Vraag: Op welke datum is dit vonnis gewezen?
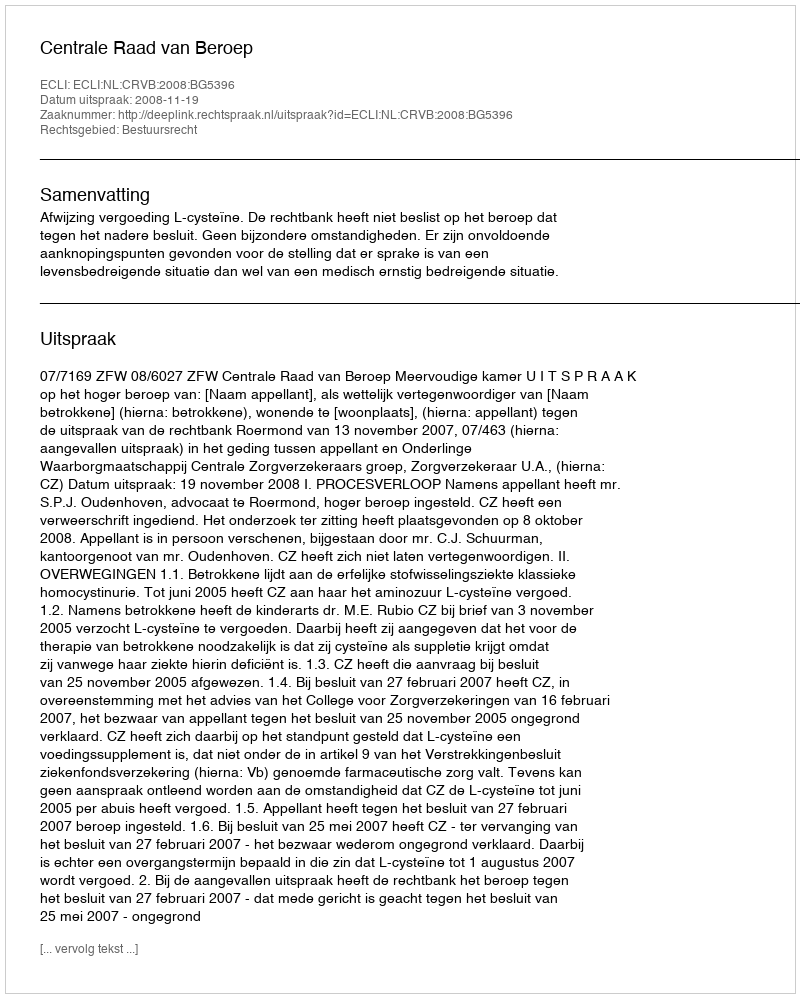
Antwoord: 2008-11-19